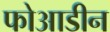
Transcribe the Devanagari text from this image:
फोआडीन